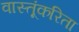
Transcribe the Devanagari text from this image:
वास्तूंकरिता